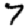
Digit: 7